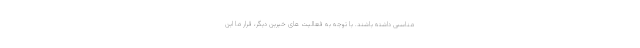
مناسبی داشته باشند. با توجه به فعالیت های خیرین دیگر، قرار ما این